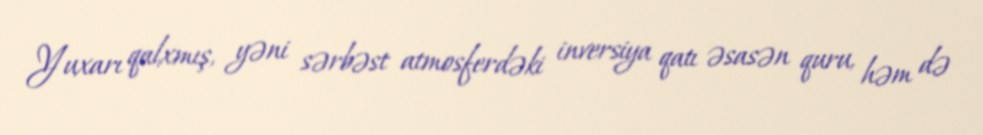
Yuxarı qalxmış, yəni sərbəst atmosferdəki inversiya qatı əsasən quru, həm də